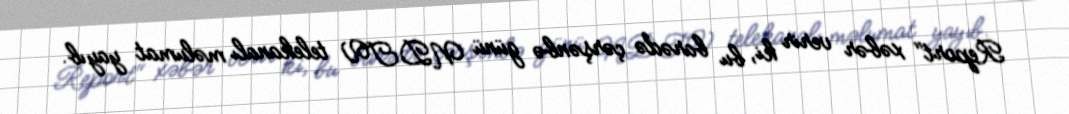
Report" xəbər verir ki, bu barədə çərşənbə günü NDTV telekanalı məlumat yayıb.